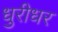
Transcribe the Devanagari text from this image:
धुरीधर